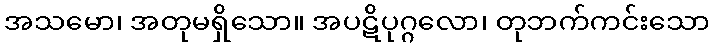
အသမော၊ အတုမရှိသော။ အပဋိပုဂ္ဂလော၊ တုဘက်ကင်းသော